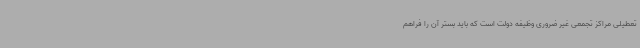
تعطیلی مراکز تجمعی غیر ضروری وظیفه دولت است که باید بستر آن را فراهم